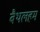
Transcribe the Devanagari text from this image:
बैथलहम